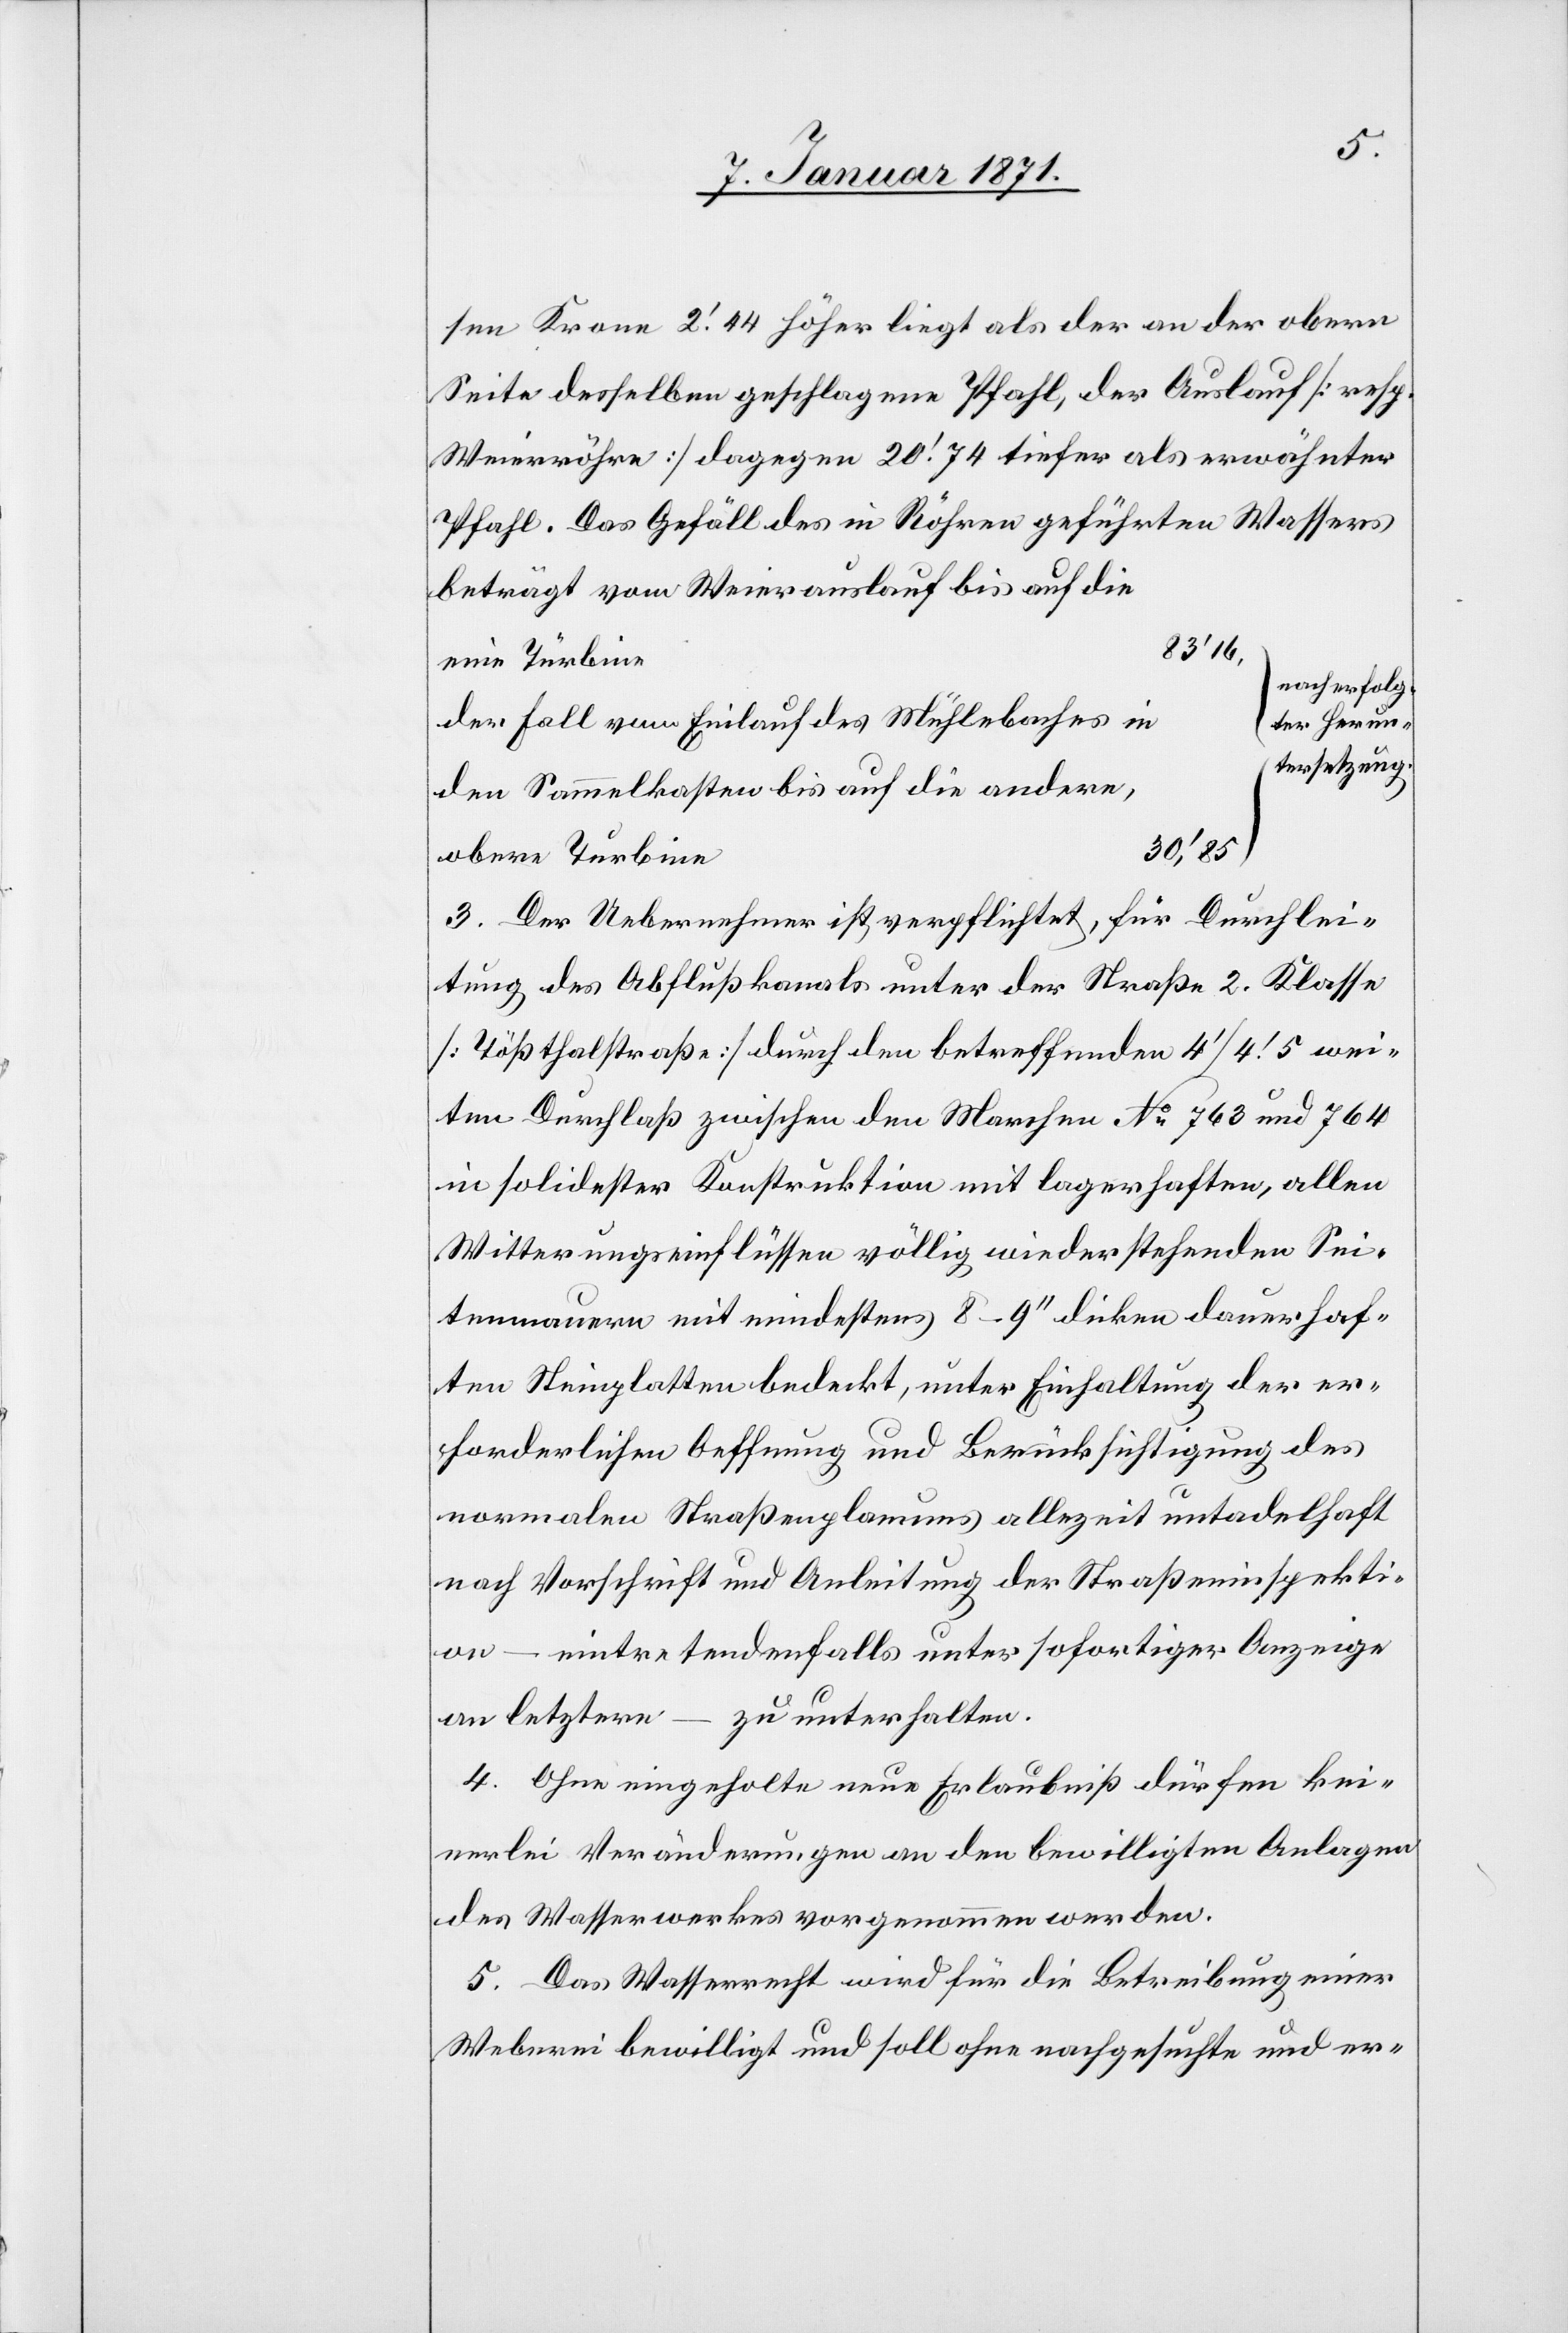
sen Krone 2‘.44 höher liegt als der an der obern
Seite desselben geschlagene Pfahl, der Auslauf [resp.
Weierröhre] dagegen 20‘.74 tiefer als erwähnter
Pfahl. Das Gefäll des in Röhren geführten Wassers
beträgt vom Weierauslauf bis auf die
83’16,
eine Turbine
nach erfolg¬
der Fall vom Einlauf des Mühlebaches in
ter Herun¬
tersetzung.
den Sammelkasten bis auf die andere,
30’.85
obere Turbine
3. Der Uebernehmer ist verpflichtet, für Durchlei¬
tung des Abflußkanals unter der Straße 2. Klasse
[Tößthalstraße] durch den betreffenden 4’/4‘.5 wei¬
ten Durchlaß zwischen den Marchen No 763 und 764
in solidester Konstruktion mit lagerhaften, allen
Witterungseinflüssen völlig wiederstehenden Sei¬
tenmauern mit mindestens 8–9“ dicken dauerhaf¬
ten Steinplatten bedeckt, unter Einhaltung der er¬
forderlichen Oeffnung und Berücksichtigung des
normalen Straßenplanums allezeit untadelhaft
nach Vorschrift und Anleitung der Straßeninspekti¬
on – eintretendenfalls unter sofortiger Anzeige
an letztere – zu unterhalten.
4. Ohne eingeholte neue Erlaubniß dürfen kei¬
nerlei Veränderungen an den bewilligten Anlagen
des Wasserwerkes vorgenommen werden.
5. Das Wasserrecht wird für die Betreibung einer
Weberei bewilligt und soll ohne nachgesuchte und er-